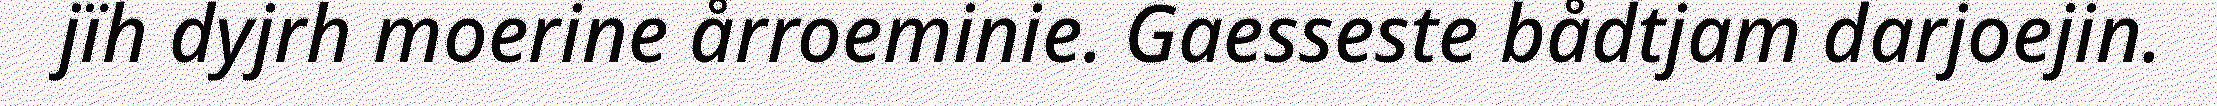
jïh dyjrh moerine årroeminie. Gaesseste bådtjam darjoejin.